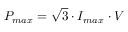
\begin{array} { r } { P _ { m a x } = \sqrt { 3 } \cdot I _ { m a x } \cdot V } \end{array}